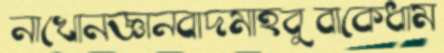
নাখোনজ্ঞানবাদমাহবুবাকেধাম